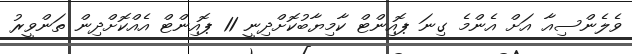
ވެލެންސިއާ އަށް އެންމެ ގިނަ ޕޮއިންޓް ކާމިޔާބުކޮށްދިނީ 11 ޕޮއިންޓް އެއްކޮށްދިން ތަންވީރު